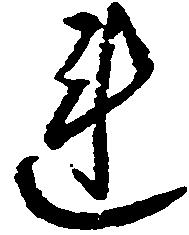
連